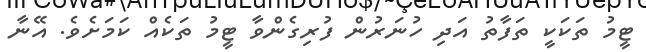
ޓީމު ތަކަކީ ތަފާތު އަދި ހުނަރުން ފުރިގެންވާ ޓީމު ތަކެއް ކަަމަށެވެ. އޭނާ